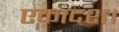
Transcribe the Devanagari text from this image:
एकादश।